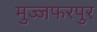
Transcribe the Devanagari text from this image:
मुज्जफरपुर